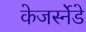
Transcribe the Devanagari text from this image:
केजर्स्नेडे